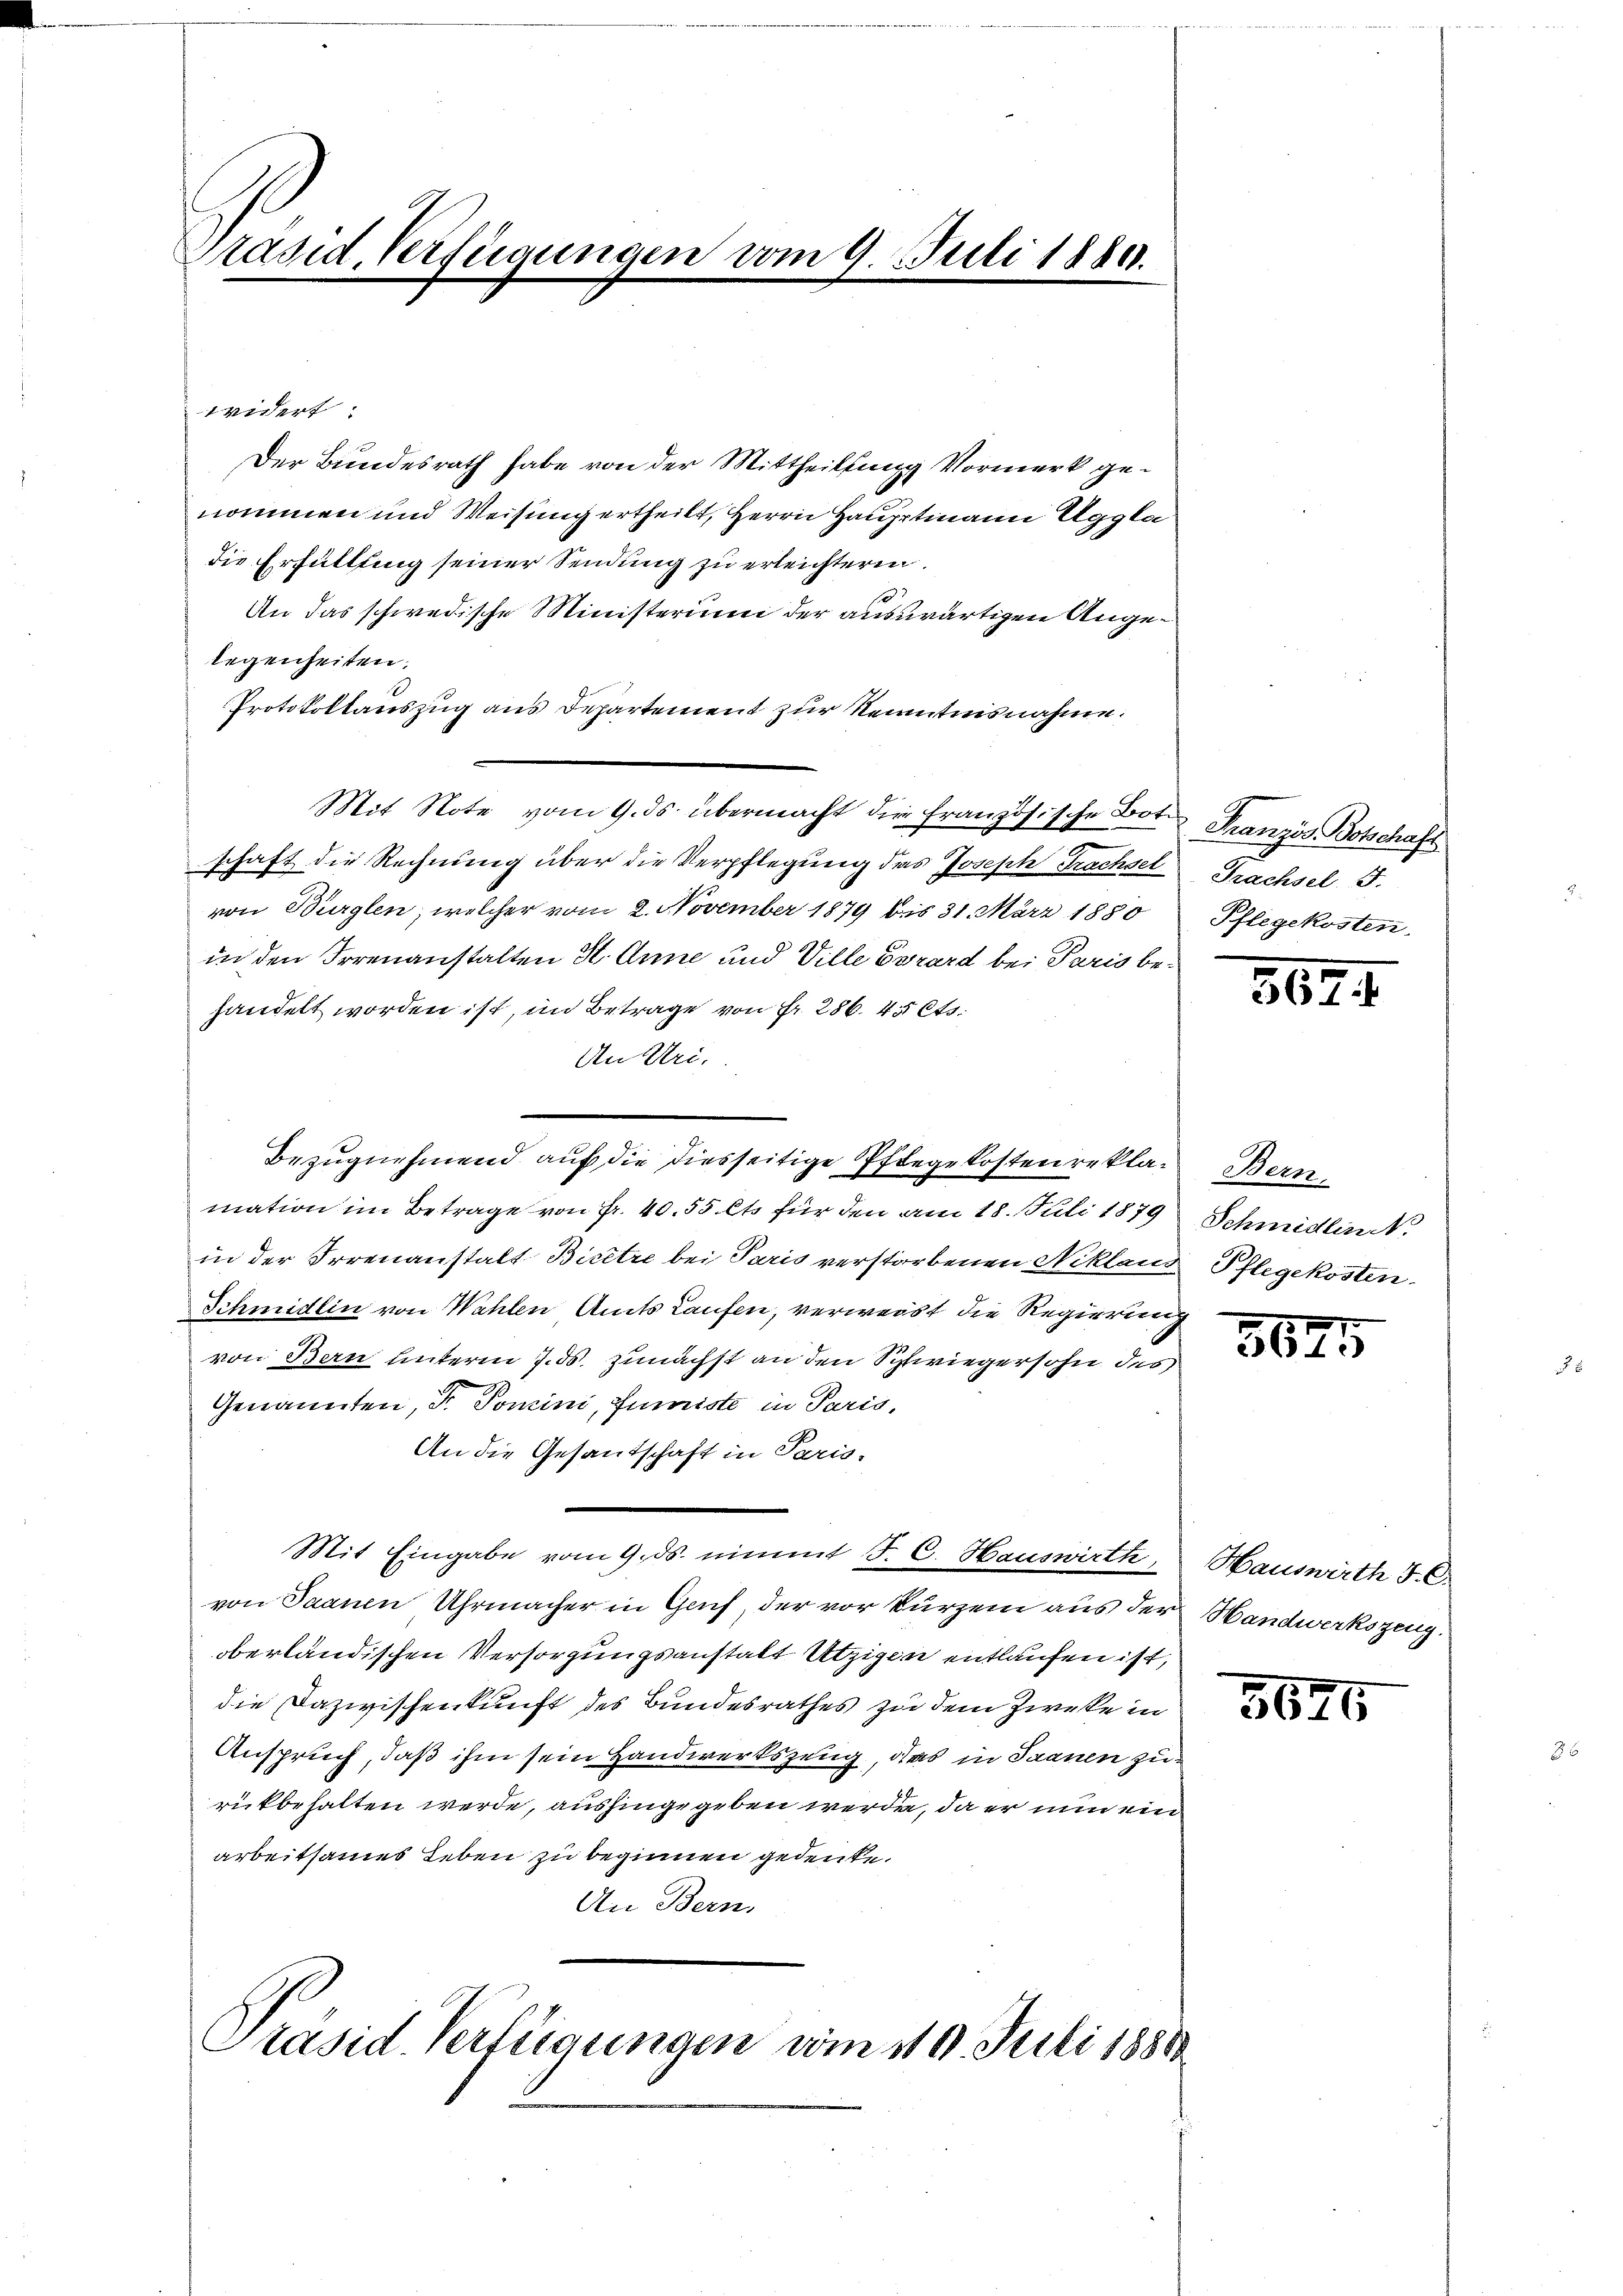
Präsid. Verfügungen vom 9. Juli 1889.

widert:
Der Bundesrath habe von der Mittheilung Vormerk genommen und Weisung ertheilt, Herrn Hauptmann Aggla
die Erfüllung seiner Sendung zu erleichteren.
f
An das schwedische Ministerium der auswärtigen Angelegenheiten,
Protokollauszug aus Departement zur Kenntnisnahme.
Mit Note vom 9. ds. übermacht die französische Bote Französ. Botschaft
schaft die Rechnung über die Verpflegung das Joseph Trachsel Trachsel 5.
von Würglen, welcher vom 2. November 1879 bis 31. März 1880
in den Irrenanstalten St. Anne und Ville Gerard bei Paris behandelt worden ist, im Betrage von Fr. 286. 45 Cts.
An Uri.
mation im Betrage von Fr. 40. 55 Cts für den am 18. Juli 1879 Schmidlin
in der Irrenanstalt Bicitre bei Paris verstorbenen Nikland Pflegekosten.
Schmidlin von Wahlen Amts Laufen, verweist die Regierung
von Bern unterm 7. ds. zunächst an den Schwiegersohn des
Genannten, Dr. Tomini, Juriste in Paris,
An die Gesandschaft in Paris-
Mit Eingabe vom 9. ds. nimmt J. C. Hauswirth,
von Saanen Uhrmacher in Genf, der vor kurzem aus der Handwerkszeugoberländischen Versorgungsanstalt Utzigen entlaufen ist,
die Dazwischenkunft des Bundesrathes zu dem Zweke in
Anspruch, daß ihm sein Handwerkszeug, das in Saanen zu
rückbehalten werde, aushingegeben werde, da er nun ein
arbeitsames Leben zu beginnen gedenke.
An Bern,

Bezugnehmend auf die diesseitige Pflegekosten reklar Bern,

Präsid. Verfügungen vom 110. Juli 1881

Pflegekosten

562.

5625

Hauswirth J. C.

5625